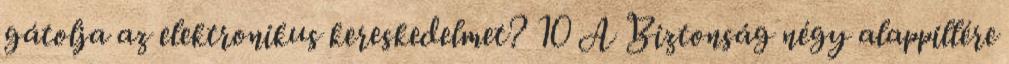
gátolja az elektronikus kereskedelmet? 10 A Biztonság négy alappillére